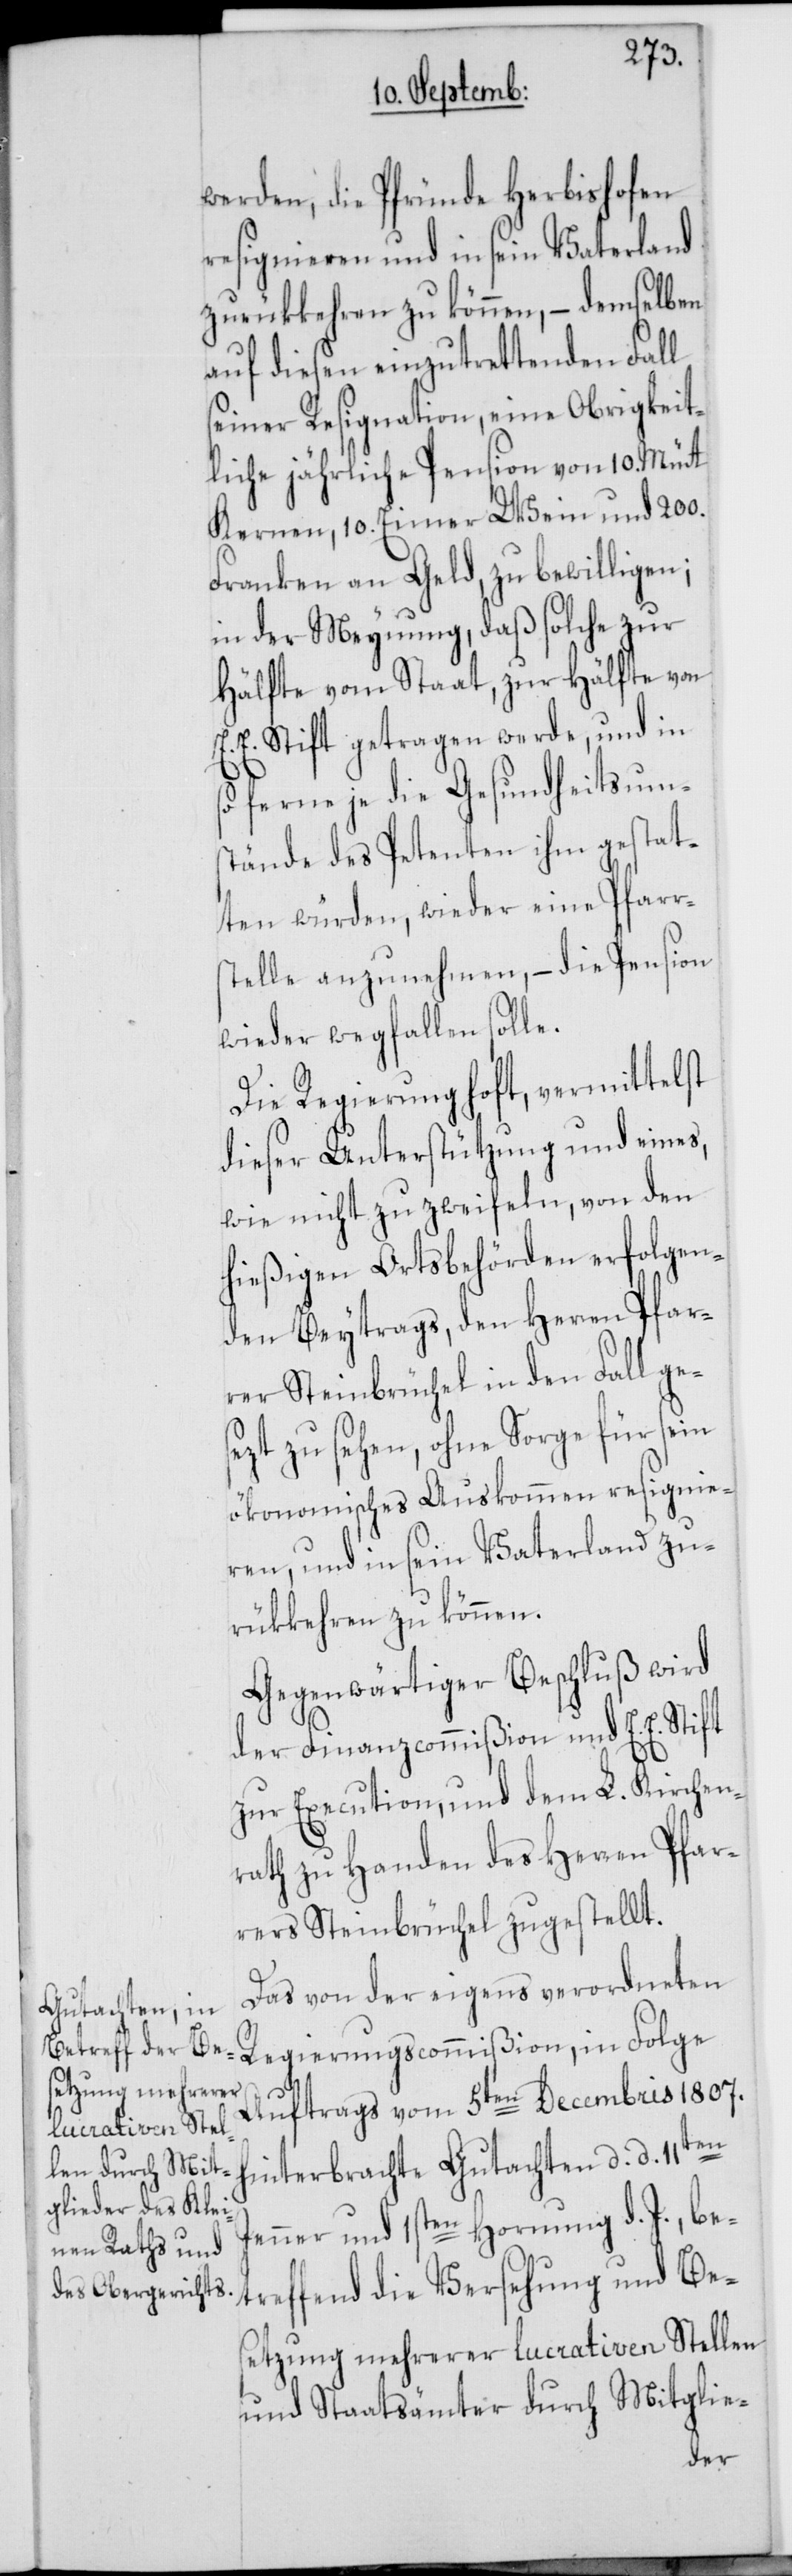
werden, die Pfründe Herbishofen
resignieren und in sein Vaterland
zurükkehren zu können, – demselben
auf diesen einzutrettenden Fall
einer Resignation, eine Obrigkeit¬
liche jährliche Pension von 10. Mütt
Kernen, 10. Eimer Wein und 200.
Franken an Geld, zu bewilligen;
in der Meynung, daß solche zur
Hälfte vom Staat, zur Hälfte von
E. E. Stift getragen werde, und in
ferne je die Gesundheitsum¬
stände des Petenten ihm gestat¬
ten würden, wieder eine Pfarr¬
stelle anzunehmen, – die Pension
wieder wegfallen solle.
dieser Unterstützung und eines,
wie nicht zu zweifeln, von den
hießigen Ortsbehörden erfolgen¬
den Beytrags, den Herren Pfar¬
rer Steinbrüchel in den Fall ges¬
ezt zu sehen, ohne Sorge für sein
ökonomisches Auskommen resignie¬
ren, und in sein Vaterland zu¬
rükkehren zu können.
Gegenwärtiger Beschluß wird
der Finanzcommißion und E. E. Stift
zur Execution, und dem L. Kirchen¬
rath zu Handen des Herren Pfar¬
rers Steinbrüchel zugestellt.
Das von der eigens verordneten
Regierungscommißion, in Folge
Auftrags vom 5ten Decembris 1807.
hinterbrachte Gutachten d. d. 11ten
Jenner und 1sten Hornung d. J., be¬
treffend die Versehung und Be¬
setzung mehrerer lucrativen Stellen
und Staatsämter durch Mitglie-